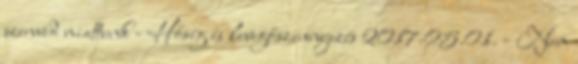
szenved miattunk - Hőség és levegőszennyezés 2017.05.01. - Nem